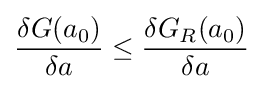
{\frac {\delta G(a_{0})}{\delta a}}\leq {\frac {\delta G_{R}(a_{0})}{\delta a}}